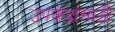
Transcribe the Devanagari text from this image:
उपकेंद्रांसाठी